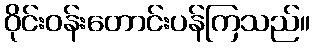
ဝိုင်းဝန်းတောင်းပန်ကြသည်။